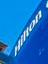
hilton